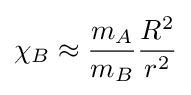
\chi _{B}\approx {\frac {m_{A}}{m_{B}}}{\frac {R^{2}}{r^{2}}}